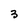
Character: 3